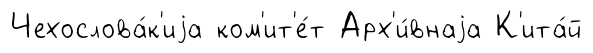
Чехослова́к'иjа ком'ит'е́т Арх'и́внаjа К'ита́й